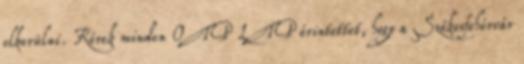
elkerülni. Kérek minden OTP LTP érintettet, hogy a Székesfehérvár